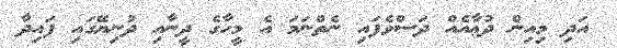
އަދި މިއިން ދުޢާއެއް ދަސްވެފައި ނެތްނަމަ އެ މީހާގެ ދީނާއި ދުނިޔޭގައި ފައިދާ